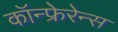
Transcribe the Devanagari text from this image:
कॉन्फ्रेरेन्स